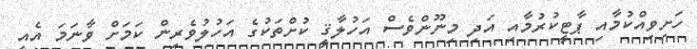
ހަށިވިއްކުމާއި ޕާޓީކުރުމާއި އަދި މިނޫންވެސް އަހުލާޤީ ކުށްތަކުގެ އަހުލުވެރިން ކަމަށް ވާނަމަ އެއީ